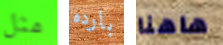
مثل بارده هاهنا